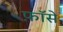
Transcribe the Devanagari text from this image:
फ़ॉसे